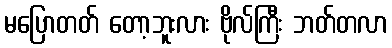
မပြောတတ် တော့ဘူးလား ဗိုလ်ကြီး ဘတ်တလာ